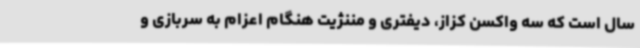
سال است که سه واکسن‌ کزاز، دیفتری و مننژیت هنگام اعزام به سربازی و